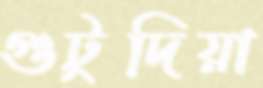
গুটুদিয়া